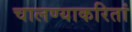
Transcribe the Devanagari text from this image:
चालण्याकरितां